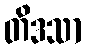
တိဒသာ